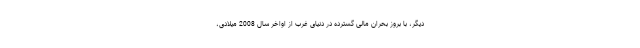
دیگر، با بروز بحران مالی گسترده در دنیای غرب از اواخر سال 2008 میلادی،